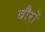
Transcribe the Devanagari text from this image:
बौरों